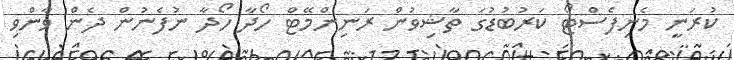
ކުރަނީ މެނިފެސްޓޯ ކަރުބުޑުގަ ތާޝިވުން ރަނިންމޭޓް ހޯދާ ހޯދާ ނުފެނުން ދެން ވާންވި